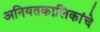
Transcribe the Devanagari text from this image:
अनियतकालिकांचे